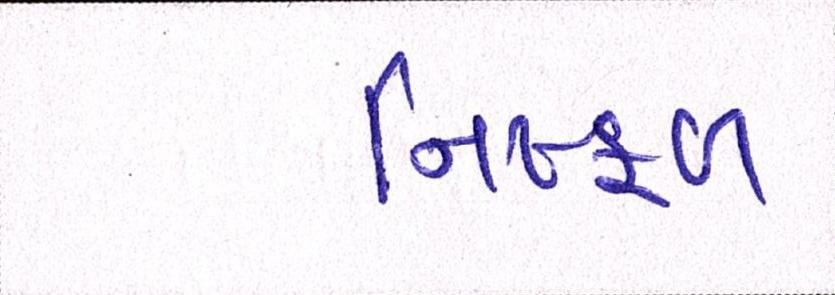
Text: નિષ્ફળ